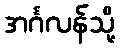
အင်္ဂလန်သို့